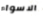
الاسواء